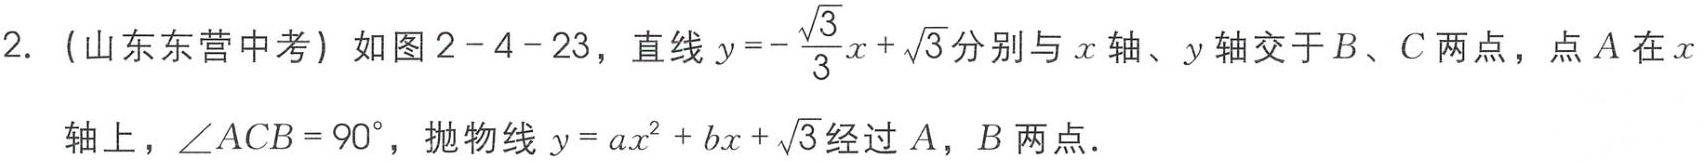
2. (山东东营中考) 如图2 - 4 - 23，直线\(y =-\frac{\sqrt{3}}{3}x+\sqrt{3}\)分别与\(x\)轴、\(y\)轴交于\(B\)、\(C\)两点，点\(A\)在\(x\)轴上，\(\angle ACB = 90^{\circ}\)，抛物线\(y = ax^{2}+bx+\sqrt{3}\)经过\(A\)，\(B\)两点．